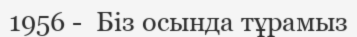
1956 -  Біз осында тұрамыз